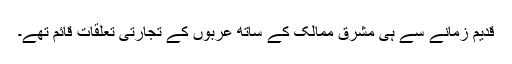
قدیم زمانے سے ہی مشرق ممالک کے ساتھ عربوں کے تجارتی تعلقات قائم تھے۔